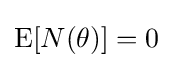
{\textstyle \operatorname {E} [N(\theta )]=0}